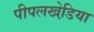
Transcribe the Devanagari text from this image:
पीपलखेडि़या